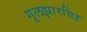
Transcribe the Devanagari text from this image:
गुलझारसिंह